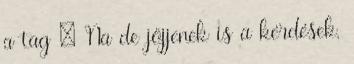
a tag : Na de jöjjenek is a kérdések,